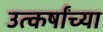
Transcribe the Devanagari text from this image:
उत्कर्षांच्या